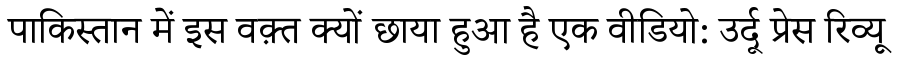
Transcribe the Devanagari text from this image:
पाकिस्तान में इस वक़्त क्यों छाया हुआ है एक वीडियो: उर्दू प्रेस रिव्यू